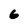
Character: 6